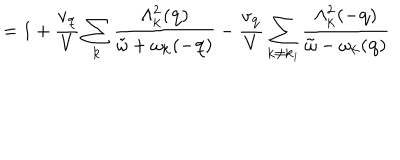
LaTeX: = 1 + \frac { v _ { { \bf { q } } } } { V } \sum _ { { \bf { k } } } \frac { \Lambda _ { { \bf { k } } } ^ { 2 } ( { \bf { q } } ) } { { \tilde { \omega } } + \omega _ { { \bf { k } } } ( - { \bf { q } } ) } - \frac { v _ { { \bf { q } } } } { V } \sum _ { { \bf { k } } \neq { \bf { k } } _ { i } } \frac { \Lambda _ { { \bf { k } } } ^ { 2 } ( - { \bf { q } } ) } { { \tilde { \omega } } - \omega _ { { \bf { k } } } ( { \bf { q } } ) }